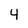
Character: 4